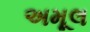
અમૂલ